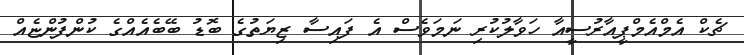
ޗެކް އެމްއެމްޕީއާރުސީއާ ހަވާލުކުރި ނަމަވެސް އެ ފައިސާ ޒިޔަތުގެ ބޮޑު ބޭބެއެއްގެ ކުންފުންޏެއް